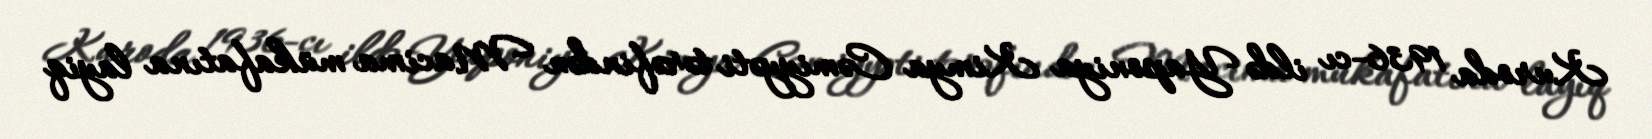
Kuroda 1936-cı ildə Yaponiya Kimya Cəmiyyəti tərəfindən Macima mükafatına layiq